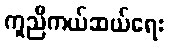
ကူညီကယ်ဆယ်ရေး